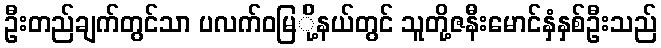
ဦးတည်ချက်တွင်သာ ပလက်ဝမြ်ို့နယ်တွင် သူတို့ဇနီးမောင်နှံနှစ်ဦးသည်